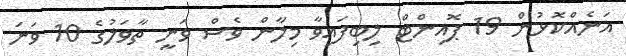
އަނެއްކޮޅުން 19 ޕޮއިންޓް ލިބިފައިވާ މިލާން ވެސް ވަނީ ތާވަލުގެ 10 ވަނަ